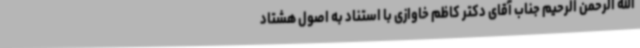
الله الرحمن الرحیم جناب آقای دکتر کاظم خاوازی با استناد به اصول هشتاد